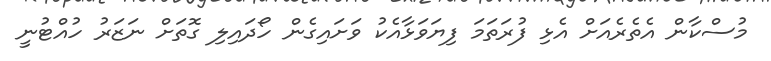
މުސްކާން އެތެރެއަށް އެޅި ފުރަތަމަ ފިޔަވަޅާއެކު ވަށައިގެން ހޯދައިލި ގޮތަށް ނަޒަރު ހުއްޓުނީ